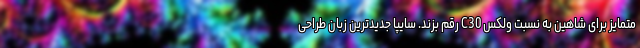
متمایز برای شاهین به نسبت ولکس C30 رقم بزند. سایپا جدیدترین زبان طراحی